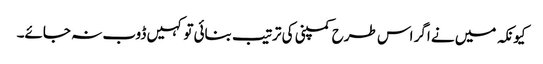
کیونکہ میں نے اگر اس طرح کمپنی کی ترتیب بنائی تو کہیں ڈوب نہ جائے۔